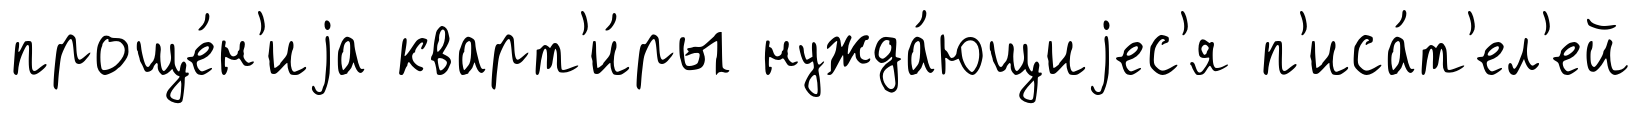
проще́н'иjа кварт'и́ры нужда́ющиjес'я п'иса́т'ел'ей